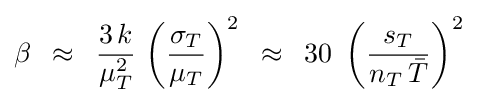
\beta \,\,\,\approx \,\,\,{{3\,k} \over {\mu _{T}^{2}}}\,\left({{\sigma _{T}} \over {\mu _{T}}}\right)^{2}\,\,\,\approx \,\,\,30\,\,\left({{s_{T}} \over {n_{T}\,{\bar {T}}}}\right)^{2}